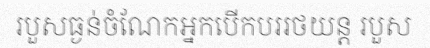
របួសធ្ងន់ចំណែកអ្នកបើកបររថយន្ត របួស